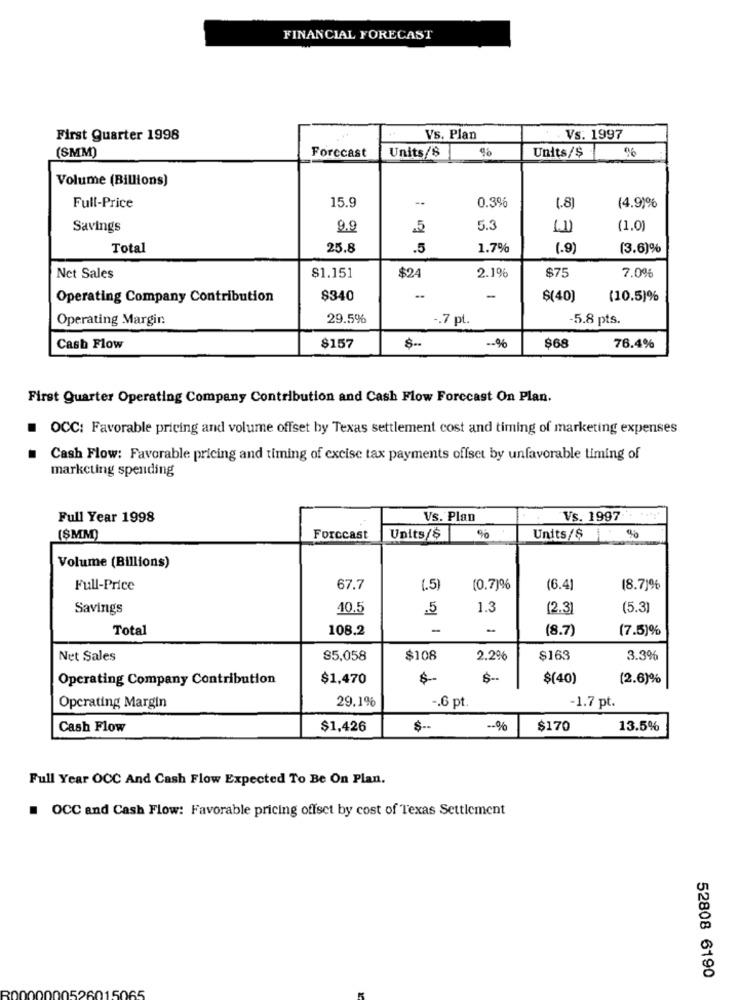
FINANCIAL FORECAST
First Quarter 1998
Vs. Plan
Vs: 1997
(SMM)
Units/$
%
Forecast
Units/$
Volume (Billions)
15.9
--
0.3%
Full-Price
(.8)
(4.9)%
Savings
9.9
.5
5.3
(1.0)
Total
25.8
.5
1.7%
(.9)
(3.6)%
Net Sales
$1.151
$75
$24
2.1%
7.0%
Operating Company Contribution
$340
$(40)
(10.5)%
Operating Margin
29.5%
-. 7 pt.
-5.8 pts.
Cash Flow
8157
-- %
$68
76.4%
First Quarter Operating Company Contribution and Cash Flow Forecast On Plan.
OCC: Favorable pricing and volume offset by Texas settlement cost and timing of marketing expenses
Cash Flow: Favorable pricing and timing of excise tax payments offset by unfavorable timing of
marketing spending
Full Year 1998
Vs. Plan
Vs. 1997
(SMM)
Forecast
Units/$
90
Units/$
Volume (Billions)
Full-Price
67.7
(.5)
(0.7)%
(6.4]
(8.7)%
Savings
40.5
.5
1.3
(2.3)
(5.3]
Total
108.2
-
(8.7)
(7.5)%
Net Sales
85,058
$108
2.2%
$163
3.3%
Operating Company Contribution
$1,470
en
$(40)
(2.6)%
29.1%
-. 6 pt.
Operating Margin
-1.7 pt.
Cash Flow
$1,426
$-
-- %
$170
13.5%
Full Year OCC And Cash Flow Expected To Be On Plan.
OCC and Cash Flow: Favorable pricing offset by cost of Texas Settlement
52808 6190